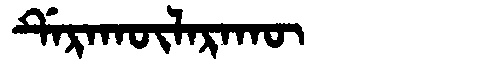
Manchu: ᡩᡝᡵᠠᡴᡡᠯᠠᡵᠠᡴᡡ
Romanization: DERAKŪLARAKŪ